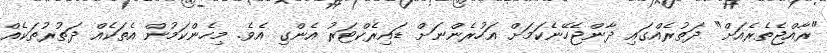
"ރާއްޖެތެރެއަށް" ދަތުރެއްގައި ދާންޖެހޭނެކަމަށް އަހުރެންނަށް ޑައިރެކްޓަރު އެންގި އެވެ. މިހެންކަމުން އެތަކެއް ދަތުރުތަކެއް